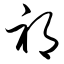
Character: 祁